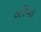
ઠરિયા